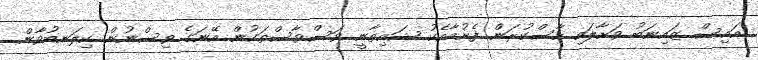
އައިސް ޒައިނަބު ވަށާލައި ހާސްކުރަން ފެށުމާއެކު ޝައިތާނީ ވަސްވާސްތަކުން އޭނަގެ ވިސްނުން ކިލަނބުވާން